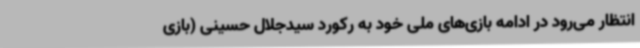
انتظار می‌رود در ادامه بازی‌های ملی خود به رکورد سیدجلال حسینی (بازی